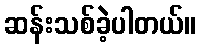
ဆန်းသစ်ခဲ့ပါတယ်။